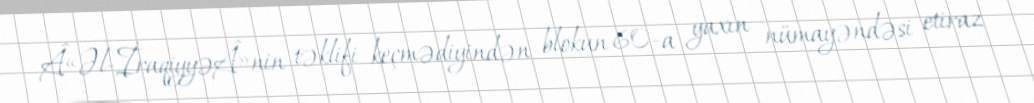
Â«Əl-İraqiyyəÂ»nin təklifi keçmədiyindən blokun 60-a yaxın nümayəndəsi etiraz